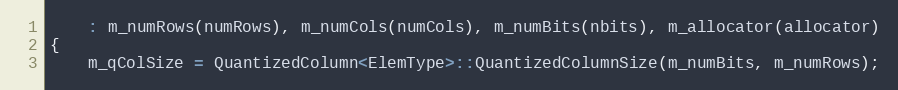
Language: C++
    : m_numRows(numRows), m_numCols(numCols), m_numBits(nbits), m_allocator(allocator)
{
    m_qColSize = QuantizedColumn<ElemType>::QuantizedColumnSize(m_numBits, m_numRows);